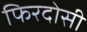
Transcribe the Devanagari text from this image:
फिरदोसी